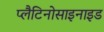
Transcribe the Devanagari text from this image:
प्लैटिनोसाइनाइड